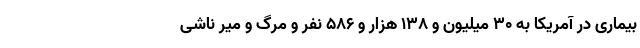
بیماری در آمریکا به ۳۰ میلیون و ۱۳۸ هزار و ۵۸۶ نفر و مرگ و میر ناشی